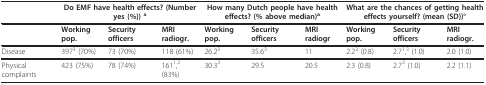
<table><thead><tr><td></td><td colspan="3"><b>Do EMF have health effects? (Number yes (%)) <sup>a</sup></b></td><td colspan="3"><b>How many Dutch people have health effects? (% above median)<sup>a</sup></b></td><td colspan="3"><b>What are the chances of getting health effects yourself? (mean (SD))°</b></td></tr></thead><tbody><tr><td></td><td><b>Working pop</b>.</td><td><b>Security officers</b></td><td><b>MRI radiogr</b>.</td><td><b>Working pop</b>.</td><td><b>Security officers</b></td><td><b>MRI radiogr</b></td><td><b>Working pop</b>.</td><td><b>Security officers</b></td><td><b>MRI radiogr</b>.</td></tr><tr><td>Disease</td><td>397<sup>3 </sup>(70%)</td><td>73 (70%)</td><td>118 (61%)</td><td>26.2<sup>3</sup></td><td>35.6<sup>3</sup></td><td>11</td><td>2.2<sup>3 </sup>(0.8)</td><td>2.7<sup>1</sup>,<sup>3 </sup>(1.0)</td><td>2.0 (1.0)</td></tr><tr><td>Physical complaints</td><td>423 (75%)</td><td>78 (74%)</td><td>161<sup>1</sup>,<sup>2 </sup>(83%)</td><td>30.3<sup>3</sup></td><td>29.5</td><td>20.5</td><td>2.3 (0.8)</td><td>2.7<sup>3 </sup>(1.0)</td><td>2.2 (1.1)</td></tr></tbody></table>